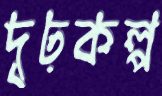
দৃঢ়কল্প